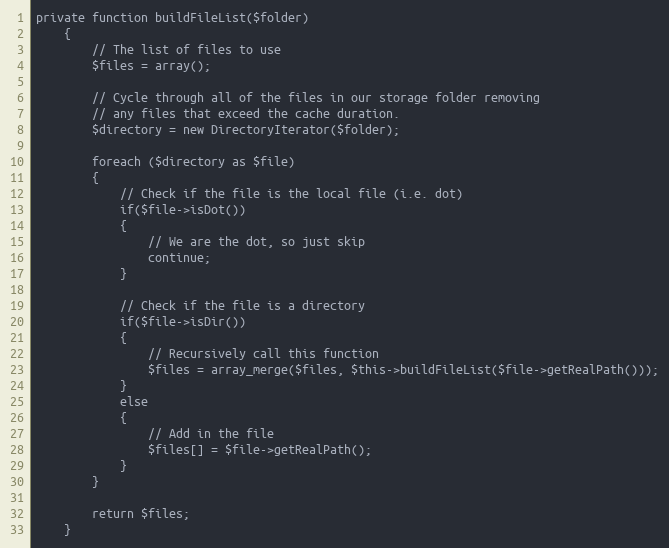
Language: PHP
private function buildFileList($folder)
    {
        // The list of files to use
        $files = array();

        // Cycle through all of the files in our storage folder removing
        // any files that exceed the cache duration.
        $directory = new DirectoryIterator($folder);

        foreach ($directory as $file)
        {
            // Check if the file is the local file (i.e. dot)
            if($file->isDot())
            {
                // We are the dot, so just skip
                continue;
            }

            // Check if the file is a directory
            if($file->isDir())
            {
                // Recursively call this function
                $files = array_merge($files, $this->buildFileList($file->getRealPath()));
            }
            else
            {
                // Add in the file
                $files[] = $file->getRealPath();
            }
        }

        return $files;
    }